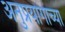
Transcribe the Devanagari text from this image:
अनुप्रयोगाच्या